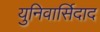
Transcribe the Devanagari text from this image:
युनिवार्सिदाद